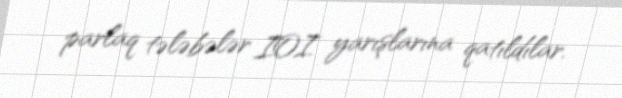
parlaq tələbələr IOI yarışlarına qatıldılar.